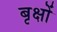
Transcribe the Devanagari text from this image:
बृक्षों